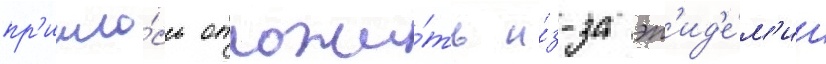
пр'ишло́сь отложи́ть и́з-за эп'ид'е́м'ии